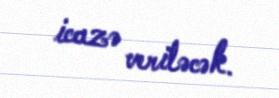
icazə veriləcək.